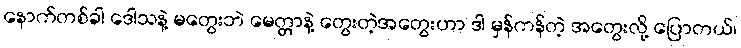
နောက်တစ်ခါ ဒေါသနဲ့ မတွေးဘဲ မေတ္တာနဲ့ တွေးတဲ့အတွေးဟာ ဒါ မှန်ကန်တဲ့ အတွေးလို့ ပြောတယ်၊